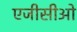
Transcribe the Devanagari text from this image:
एजीसीओ